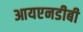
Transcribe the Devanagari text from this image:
आयएनडीबी